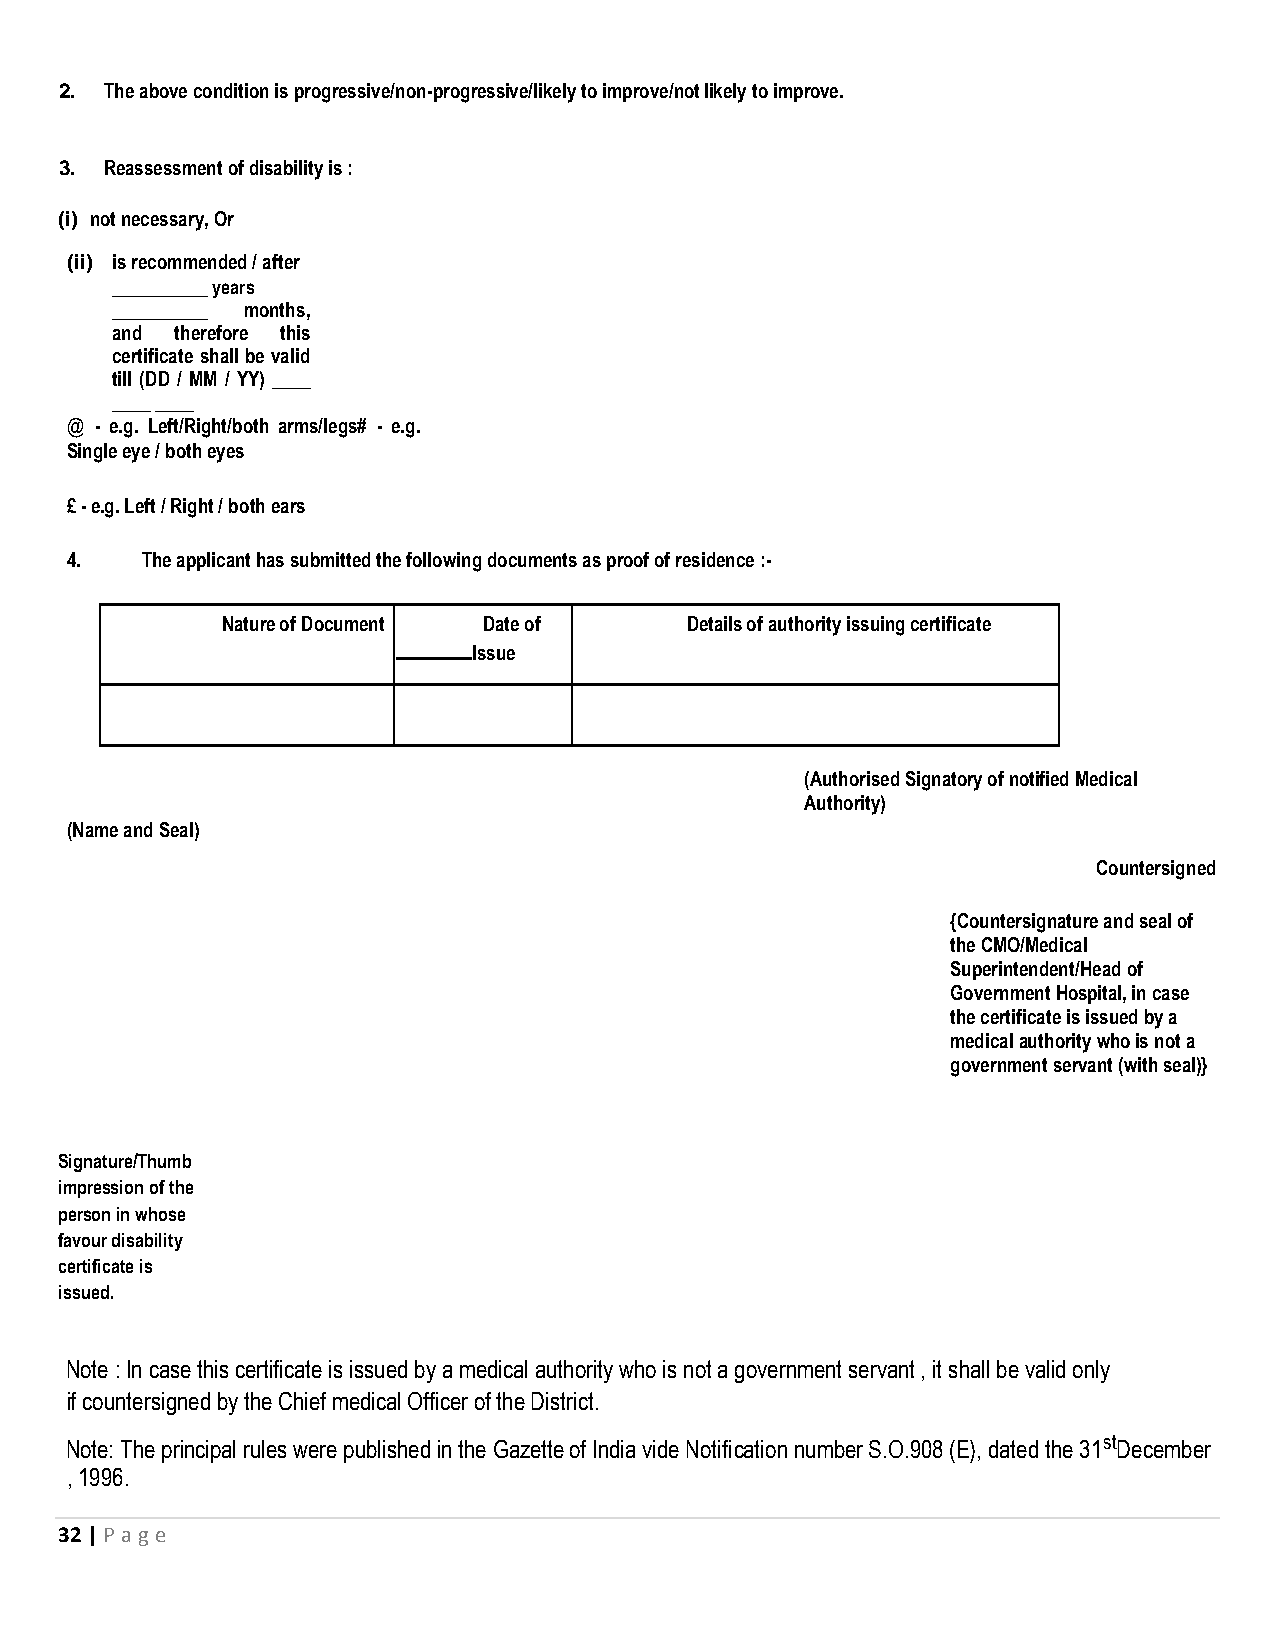
2. The above condition is progressive/non-progressive/likely to improve/not likely to improve.
 3. Reassessment of disability is :
 (i) not necessary, Or
 (ii) is recommended / after
 __________ years
 __________ months,
 and  therefore this
 certificate shall be valid
 till (DD / MM / YY) ____
 ____ ____
 @ - e.g. Left/Right/both arms/legs# - e.g.
 Single eye / both eyes
 £ - e.g. Left / Right / both ears
 4.   The applicant has submitted the following documents as proof of residence :-
 Nature of Document Date of    Details of authority issuing certificate
 Issue
 (Authorised Signatory of notified Medical
 Authority)
 (Name and Seal)
 Countersigned
 {Countersignature and seal of
 the CMO/Medical
 Superintendent/Head of
 Government Hospital, in case
 the certificate is issued by a
 medical authority who is not a
 government servant (with seal)}
 Signature/Thumb
 impression of the
 person in whose
 favour disability
 certificate is
 issued.
 Note : In case this certificate is issued by a medical authority who is not a government servant , it shall be valid only
 if countersigned by the Chief medical Officer of the District.
 Note: The principal rules were published in the Gazette of India vide Notification number S.O.908 (E), dated the 31stDecember
 , 1996.
 32 | P age